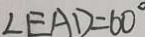
\angle E A D = 6 0 ^ { \circ }